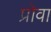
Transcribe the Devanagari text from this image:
प्रोवा